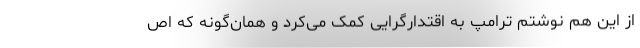
از این هم نوشتم ترامپ به اقتدارگرایی کمک می‌کرد و همان‌گونه که اص